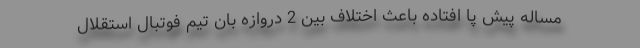
مساله پیش پا افتاده باعث اختلاف بین 2 دروازه بان تیم فوتبال استقلال